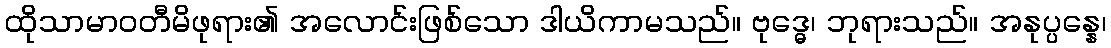
ထိုသာမာဝတီမိဖုရား၏ အလောင်းဖြစ်သော ဒါယိကာမသည်။ ဗုဒ္ဓေ၊ ဘုရားသည်။ အနုပ္ပန္နေ၊